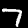
Digit: 7